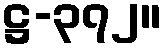
ဋ္ဌ-၃၇၂။